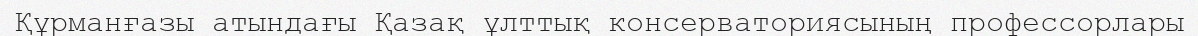
Құрманғазы атындағы Қазақ ұлттық консерваториясының профессорлары